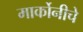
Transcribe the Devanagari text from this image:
मार्कोनीचे